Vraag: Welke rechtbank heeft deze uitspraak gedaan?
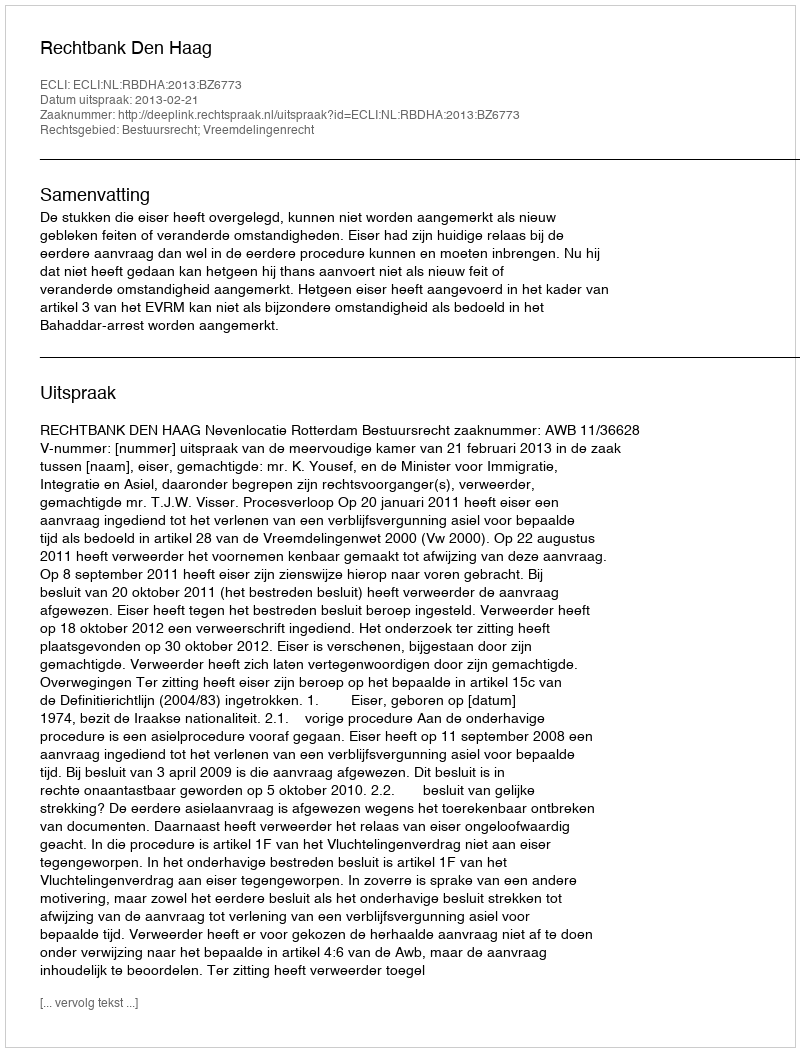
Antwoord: Rechtbank Den Haag